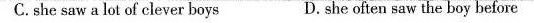
C.she saw a lot of clever boys D.she often saw the boy before